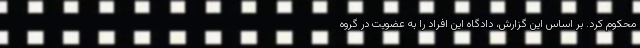
محکوم کرد. بر اساس این گزارش، دادگاه این افراد را به عضویت در گروه